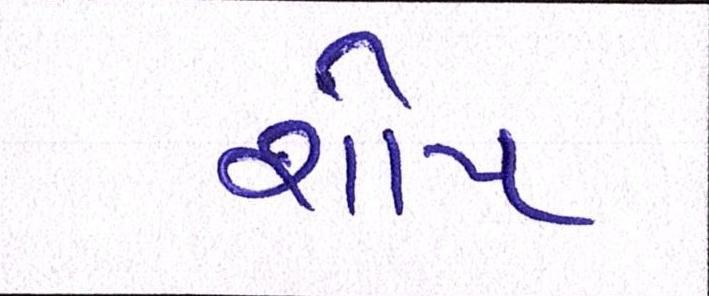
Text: શોપ